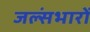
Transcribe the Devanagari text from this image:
जल्संभारों